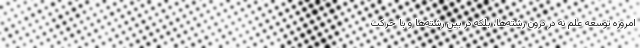
امروزه توسعه علم نه در درون رشته‌ها، بلکه در بین رشته‌ها و با حرکت